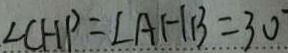
\angle C H P = \angle A H B = 3 0